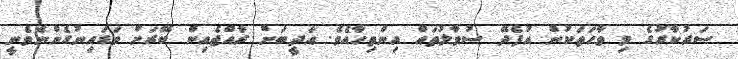
ސަރުކާރުގެ މި ވާހަތަކުން އުފެދޭ ސުވާލުތައް އިންތިހާއެވެ. އަދީބަށް ރާއްޖެއިން ބޭރަށް ވަޑައިނުގެންނެވެނީ